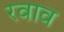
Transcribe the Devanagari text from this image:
रवाव